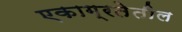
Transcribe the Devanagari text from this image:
एकाग्रतेतील